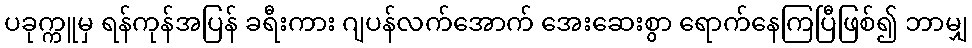
ပခုက္ကူမှ ရန်ကုန်အပြန် ခရီးကား ဂျပန်လက်အောက် အေးဆေးစွာ ရောက်နေကြပြီဖြစ်၍ ဘာမျှ